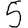
Digit: 5